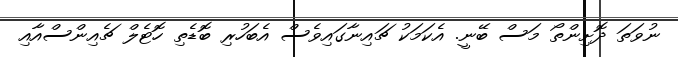
ނުވަތަ ދޮށިންތޯ މަސް ބޭނީ. އެކަމަކު ޗައިނާގައިވެސް އެބަހުރި ބޮޑެތި ހޮޓެލް ޗެއިންސްއާއި